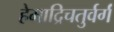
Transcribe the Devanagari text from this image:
हेमाद्रिचतुर्वर्गं